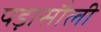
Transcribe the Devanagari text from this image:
पड़ासौली